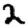
Digit: 2